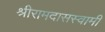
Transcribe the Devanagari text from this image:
श्रीरामदासस्वामी